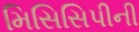
મિસિસિપીની